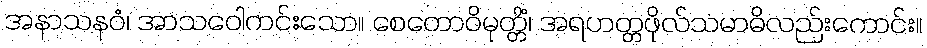
အနာသနဝံ၊ အာသဝေါကင်းသော။ စေတောဝိမုတ္တိံ၊ အရဟတ္တဖိုလ်သမာဓိလည်းကောင်း။